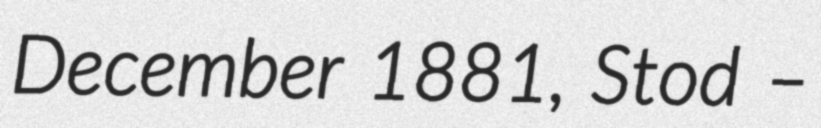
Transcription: December 1881, Stod –